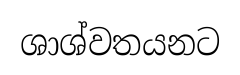
ශාශ්වතයනට